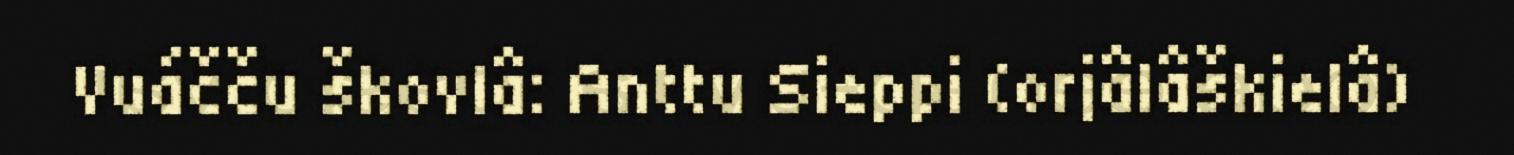
Vuáčču škovlâ: Anttu Sieppi (orjâlâškielâ)